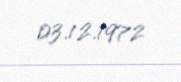
03.12.1972